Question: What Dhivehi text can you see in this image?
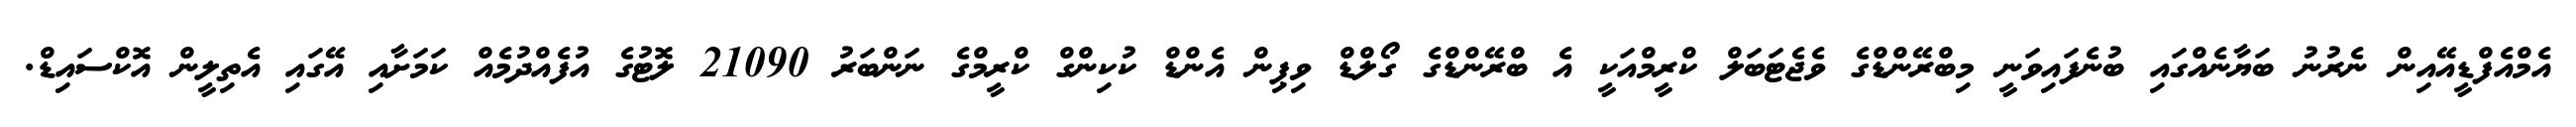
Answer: އެމްއެފްޑީއޭއިން ނެރުނު ބަޔާނެއްގައި ބުނެފައިވަނީ މިބްރޭންޑްގެ ވެޖެޓަބަލް ކްރީމްއަކީ އެ ބްރޭންޑްގެ ގޯލްޑް ވިޕިން އެންޑް ކުކިންގް ކްރީމްގެ ނަންބަރު 21090 ލޮޓުގެ އުފެއްދުމެއް ކަމަށާއި އޭގައި އެތިލީން އޮކްސައިޑް.